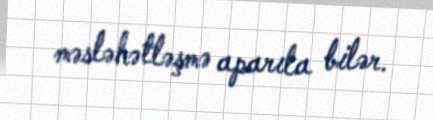
məsləhətləşmə aparıla bilər.